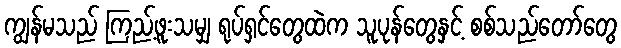
ကျွန်မသည် ကြည့်ဖူးသမျှ ရုပ်ရှင်တွေထဲက သူပုန်တွေနှင့် စစ်သည်တော်တွေ